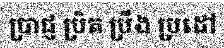
ប្រាជ្ញ ប្រិត ប្រឹង ប្រដៅ